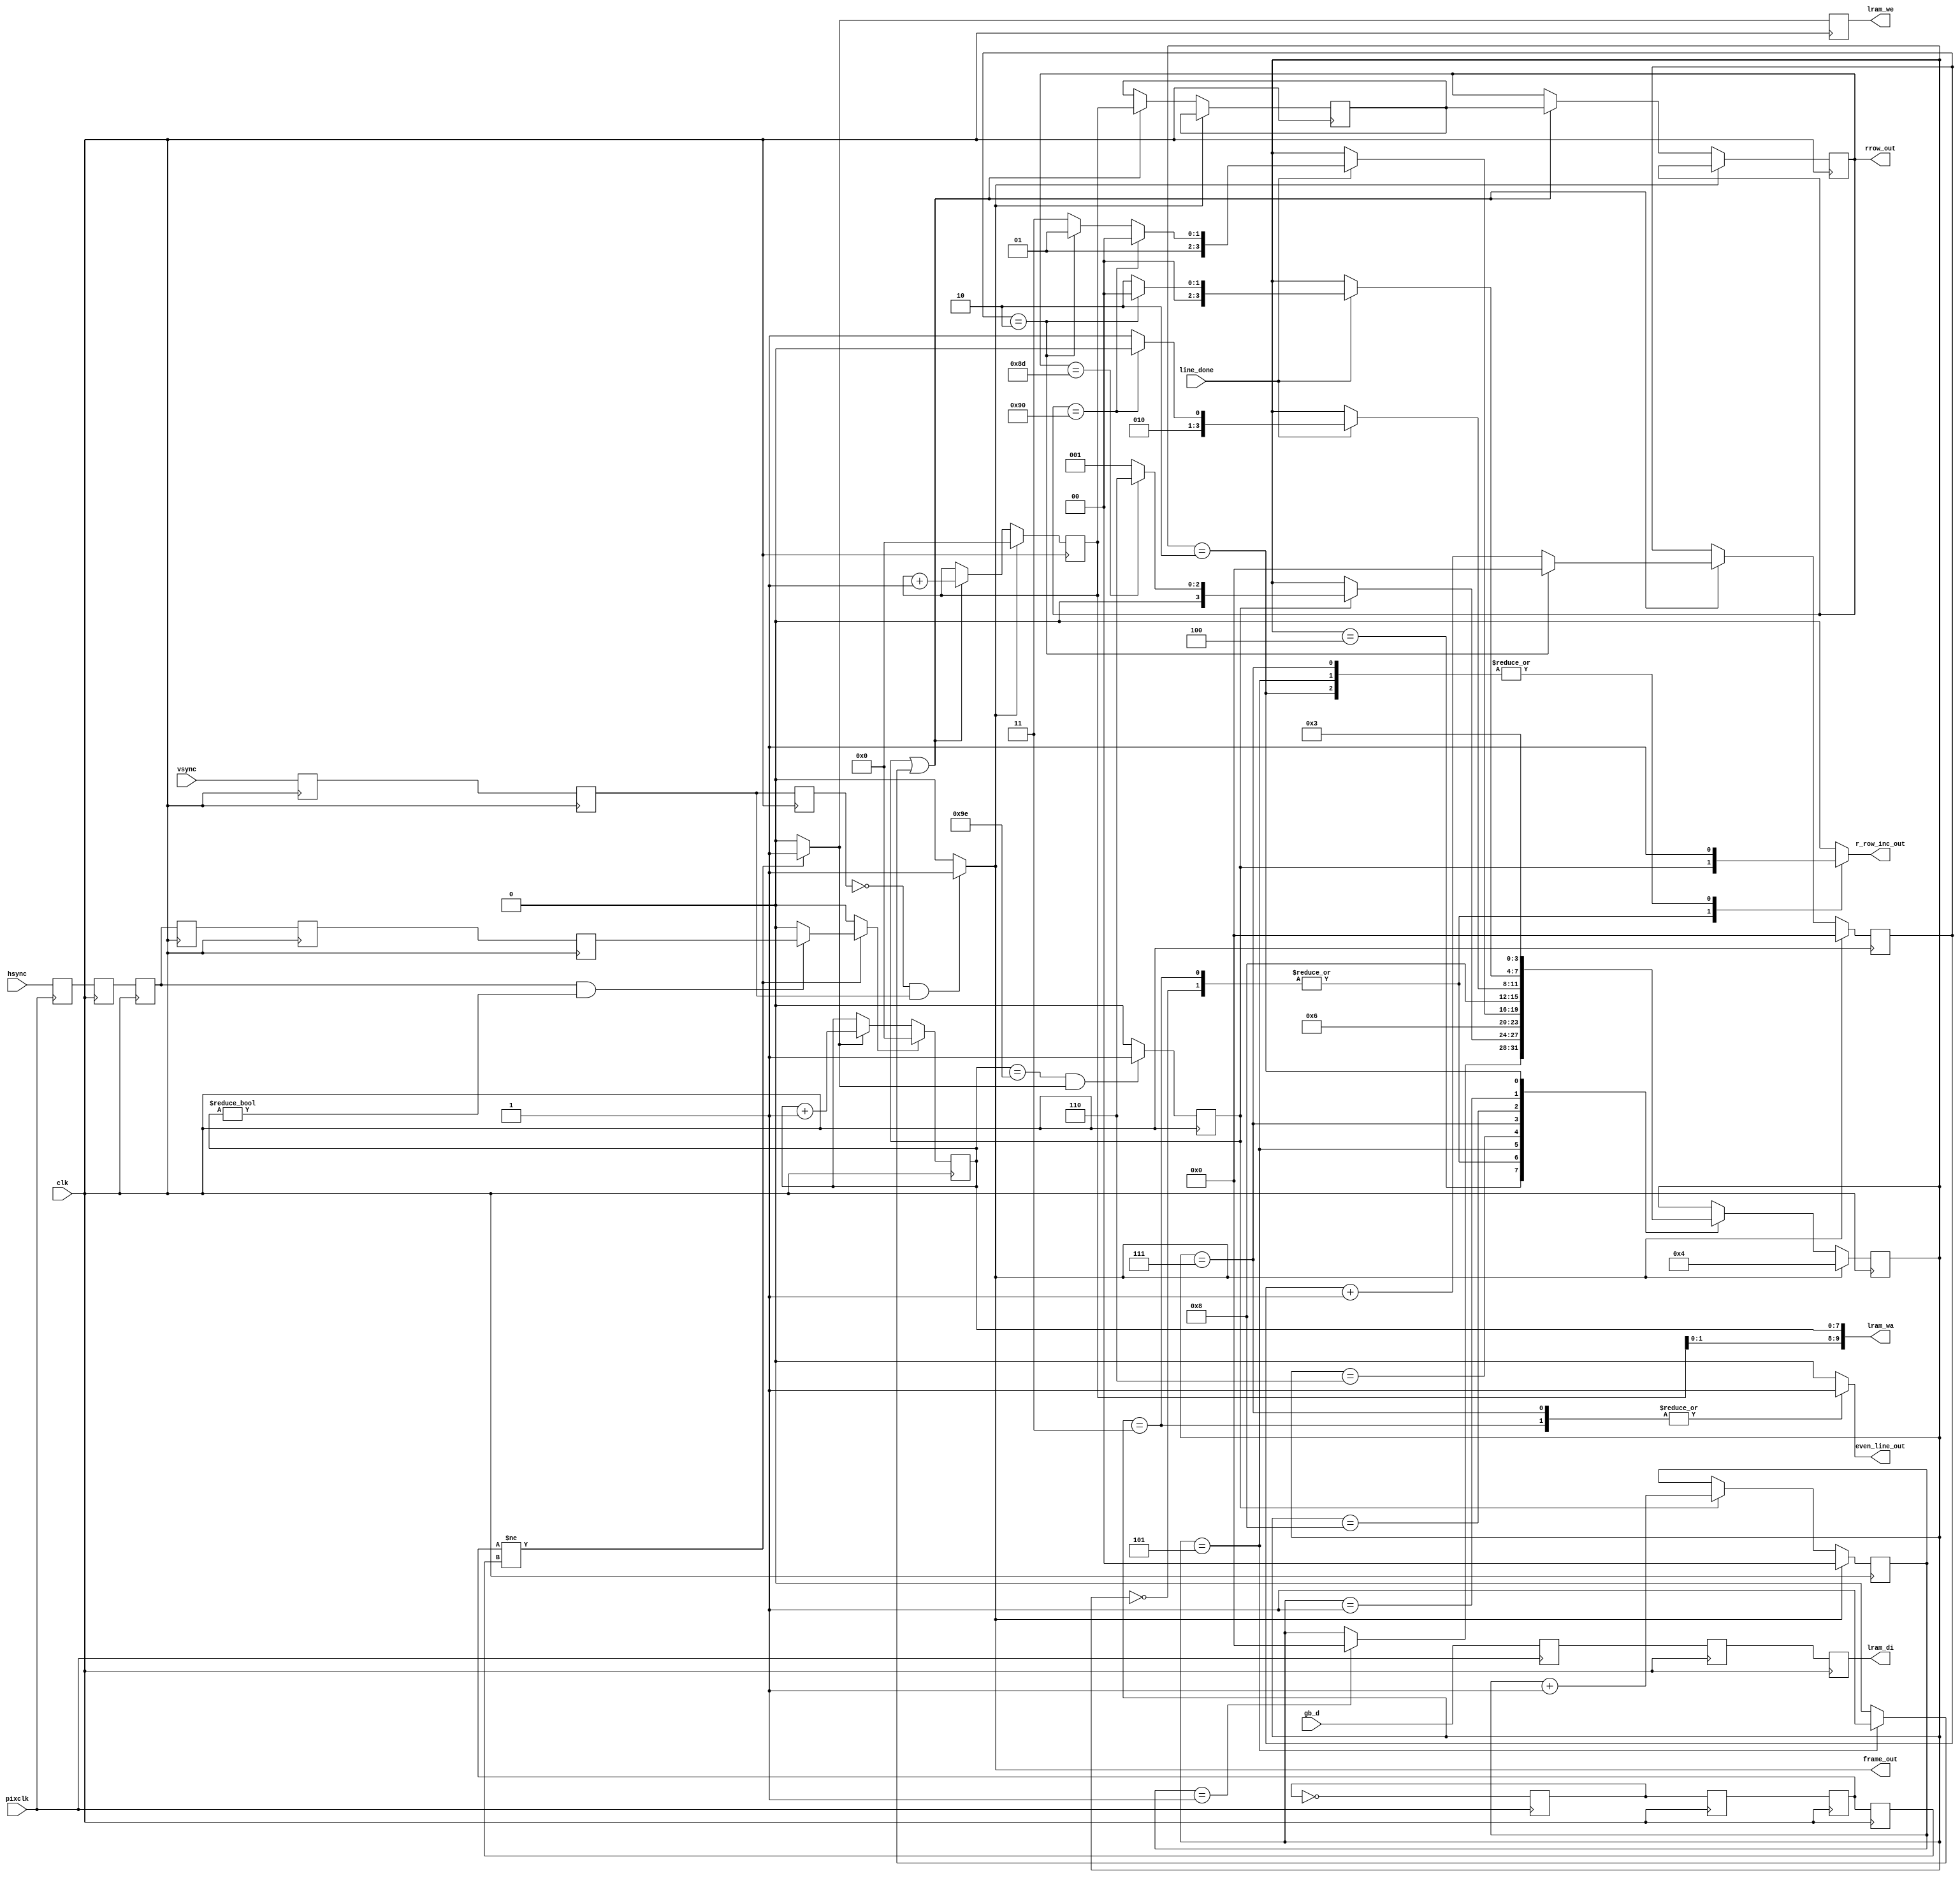
`timescale 1ns / 1ps

module gblcd(
    input pixclk,
    input hsync,
    input vsync,
    input [1:0] gb_d,
    input clk,
    output [9:0] lram_wa,
    output lram_we,
    output [1:0] lram_di,
    output [7:0] rrow_out,
    output r_row_inc_out,
    input line_done,
    output frame_out,
    output even_line_out
    );

reg [7:0] col;
reg [7:0] row;
reg [7:0] rrow;

reg frame;
reg r_row_inc;

assign rrow_out = rrow;
assign r_row_inc_out = r_row_inc;
assign frame_out = frame;

initial begin
	col = 0;
	row = 0;
	rrow = 0;
end

// game boy screen data

reg col_en, col_en_r;
reg col_rst;

reg [1:0] gb_d_pixclk;
reg hsync_pixclk;
reg pix_t;

initial begin
	pix_t = 1'b0;
end

// capture in pixclk domain
always @(posedge pixclk) begin
	gb_d_pixclk <= gb_d;
	hsync_pixclk <= hsync;
	pix_t <= !pix_t;
end
 
// sync to clk

reg [1:0] gb_d_r, gb_d_r2, gb_d_r3;
reg pix_t_r, pix_t_r2, pix_t_r3;
reg hsync_r, hsync_r2, hsync_r3, hsync_r4, hsync_r5;
reg vsync_r, vsync_r2, vsync_r3;

always @(posedge clk) begin
	gb_d_r <= gb_d_pixclk;
	gb_d_r2 <= gb_d_r;
	gb_d_r3 <= gb_d_r2;
	pix_t_r <= pix_t;
	pix_t_r2 <= pix_t_r;
	pix_t_r3 <= pix_t_r2;
	hsync_r <= hsync_pixclk;
	hsync_r2 <= hsync_r;
	hsync_r3 <= hsync_r2;
	hsync_r4 <= hsync_r3;
	hsync_r5 <= hsync_r4;
	
	vsync_r <= vsync;
	vsync_r2 <= vsync_r;
	vsync_r3 <= vsync_r2;
end

always@(pix_t_r2, pix_t_r3, hsync_r3, vsync_r2, vsync_r3, col) begin
   col_en <= 1'b0;
	frame <= 1'b0;
	col_rst <= 1'b0;
	
	if (pix_t_r2 != pix_t_r3) begin
		// new pixel
		col_en <= 1'b1;
		if (hsync_r2 == 1'b1 && col != 0) begin
			col_rst <= hsync_r5;
		end
	end
	
	if (vsync_r3 == 1'b0 && vsync_r2 == 1'b1) begin
		frame <= 1'b1;
	end
end

// col_rst from hsync
// col_en from pixclk
// frame from vsync rising edge
// gbd_r2 is lram_di

always @(posedge clk) begin
	if (col_rst == 1'b1) begin
		col <= 8'h00;
	end else if (col_en == 1'b1)
		col <= col + 1;
		
	col_en_r <= col_en;
end

reg row_inc;

always @(posedge clk) begin
	if (col == (160-2) && col_en == 1'b1)
		row_inc <= 1'b1;
	else
		row_inc <= 1'b0;
end

reg [7:0] row_r;
reg [7:0] row_r2;




assign lram_wa = {row[1:0], col[7:0]};

assign lram_we = col_en_r;

assign lram_di = gb_d_r2;



// pipeline fill/flush
parameter S_FFWAIT = 4'b0000;
parameter S_FFLINE = 4'b0001;
parameter S_FFXLINE = 4'b0010;
parameter S_FFWAITX = 4'b0011;
parameter S_FILL = 4'b0100;
parameter S_FLUSH = 4'b0101;
parameter S_FLUSH2 = 4'b0110;
parameter S_FLUSHX = 4'b0111;
parameter S_FLUSHX2 = 4'b1000;

reg [3:0] fstate;
reg [3:0] skipcnt;

reg [1:0] fillcnt;

initial begin
	fstate = S_FILL;
	skipcnt = 0;
	fillcnt = 0;
end

reg flush_inc;

// avoid doubling every 3rd line to get 144->240
always @(posedge clk) begin
	if (frame)
		skipcnt <= 0;
	else if (row_inc | flush_inc)
		if (skipcnt == 2)
			skipcnt <= 0;
		else
			skipcnt <= skipcnt + 1;

end

always @(posedge clk) begin
	if (frame)
		row <= 0;
	else if (row_inc | flush_inc) begin
		row <= row + 1;
		row_r <= row;
		rrow <= row_r;
	end
end

always @(posedge clk) begin
	if (frame)
		fillcnt <= 0;
	else if (row_inc) fillcnt <= fillcnt + 1;
end

always @(posedge clk) begin
	if (frame)
		fstate <= S_FILL;
	else begin	
		case (fstate)
			S_FILL: begin
				if (fillcnt == 1) fstate <= S_FFWAIT;
			end
			S_FFWAIT: begin
				if (row_inc)
					if (rrow == 141)
						fstate <= S_FLUSH2;
					else 
						fstate <= S_FFLINE;
			end
			S_FFWAITX: begin
				if (row_inc)
					if (rrow == 141)
						fstate <= S_FLUSH2;
					else 
						fstate <= S_FFLINE;
			end
			S_FLUSH: begin
				fstate <= S_FLUSH2;
			end
			S_FLUSH2: begin
				if (line_done)
					if (rrow == 144)
						fstate <= S_FILL; // finished
					else if (skipcnt == 2)
						fstate <= S_FLUSH;
					else
						fstate <= S_FLUSHX;
			end
			S_FLUSHX: begin
				fstate <= S_FLUSHX2;
			end
			S_FLUSHX2: begin
				if (line_done)
					if (rrow == 144)
						fstate <= S_FILL; // finished
					else
						fstate <= S_FLUSH;
			end
			S_FFLINE:
				if (line_done == 1'b1)
					if (skipcnt == 2)
						fstate <= S_FFWAIT;
					else
						fstate <= S_FFXLINE;
			S_FFXLINE:
				fstate <= S_FFWAITX;
		endcase
	end
end

reg even_line;

always @(fstate, row_inc) begin
	r_row_inc = 1'b0;
	even_line = 1'b0;
	flush_inc = 1'b0;
	case (fstate)
		S_FFWAIT: begin
			r_row_inc = (row_inc);
		end
		S_FFWAITX: begin
			r_row_inc = (row_inc);
			even_line = 1'b1;
		end
		S_FFLINE: begin
			
		end
		S_FFXLINE: begin
			r_row_inc = 1'b1;
		end
		S_FLUSH: begin
			flush_inc = 1'b1;
			r_row_inc = 1'b1;
		end
		S_FLUSHX: begin
			r_row_inc = 1'b1;
			even_line = 1'b1;
		end
	endcase
end

assign even_line_out = even_line;

endmodule